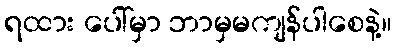
ရထား ပေါ်မှာ ဘာမှမကျန်ပါစေနဲ့။